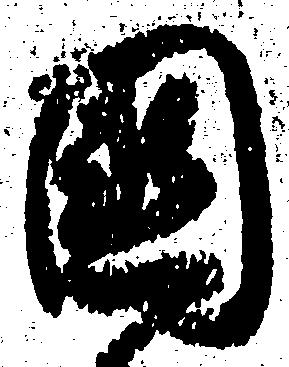
国